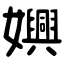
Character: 嬹